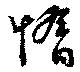
惰